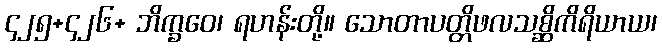
၄၂၅+၄၂၆+ ဘိက္ခဝေ၊ ရဟန်းတို့။ သောတာပတ္တိဖလသစ္ဆိကိရိယာယ၊